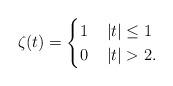
LaTeX: \begin{align*}\zeta(t) = \begin{cases}1 & \, |t| \leq 1 \\0 & \, |t| > 2.\end{cases}\end{align*}